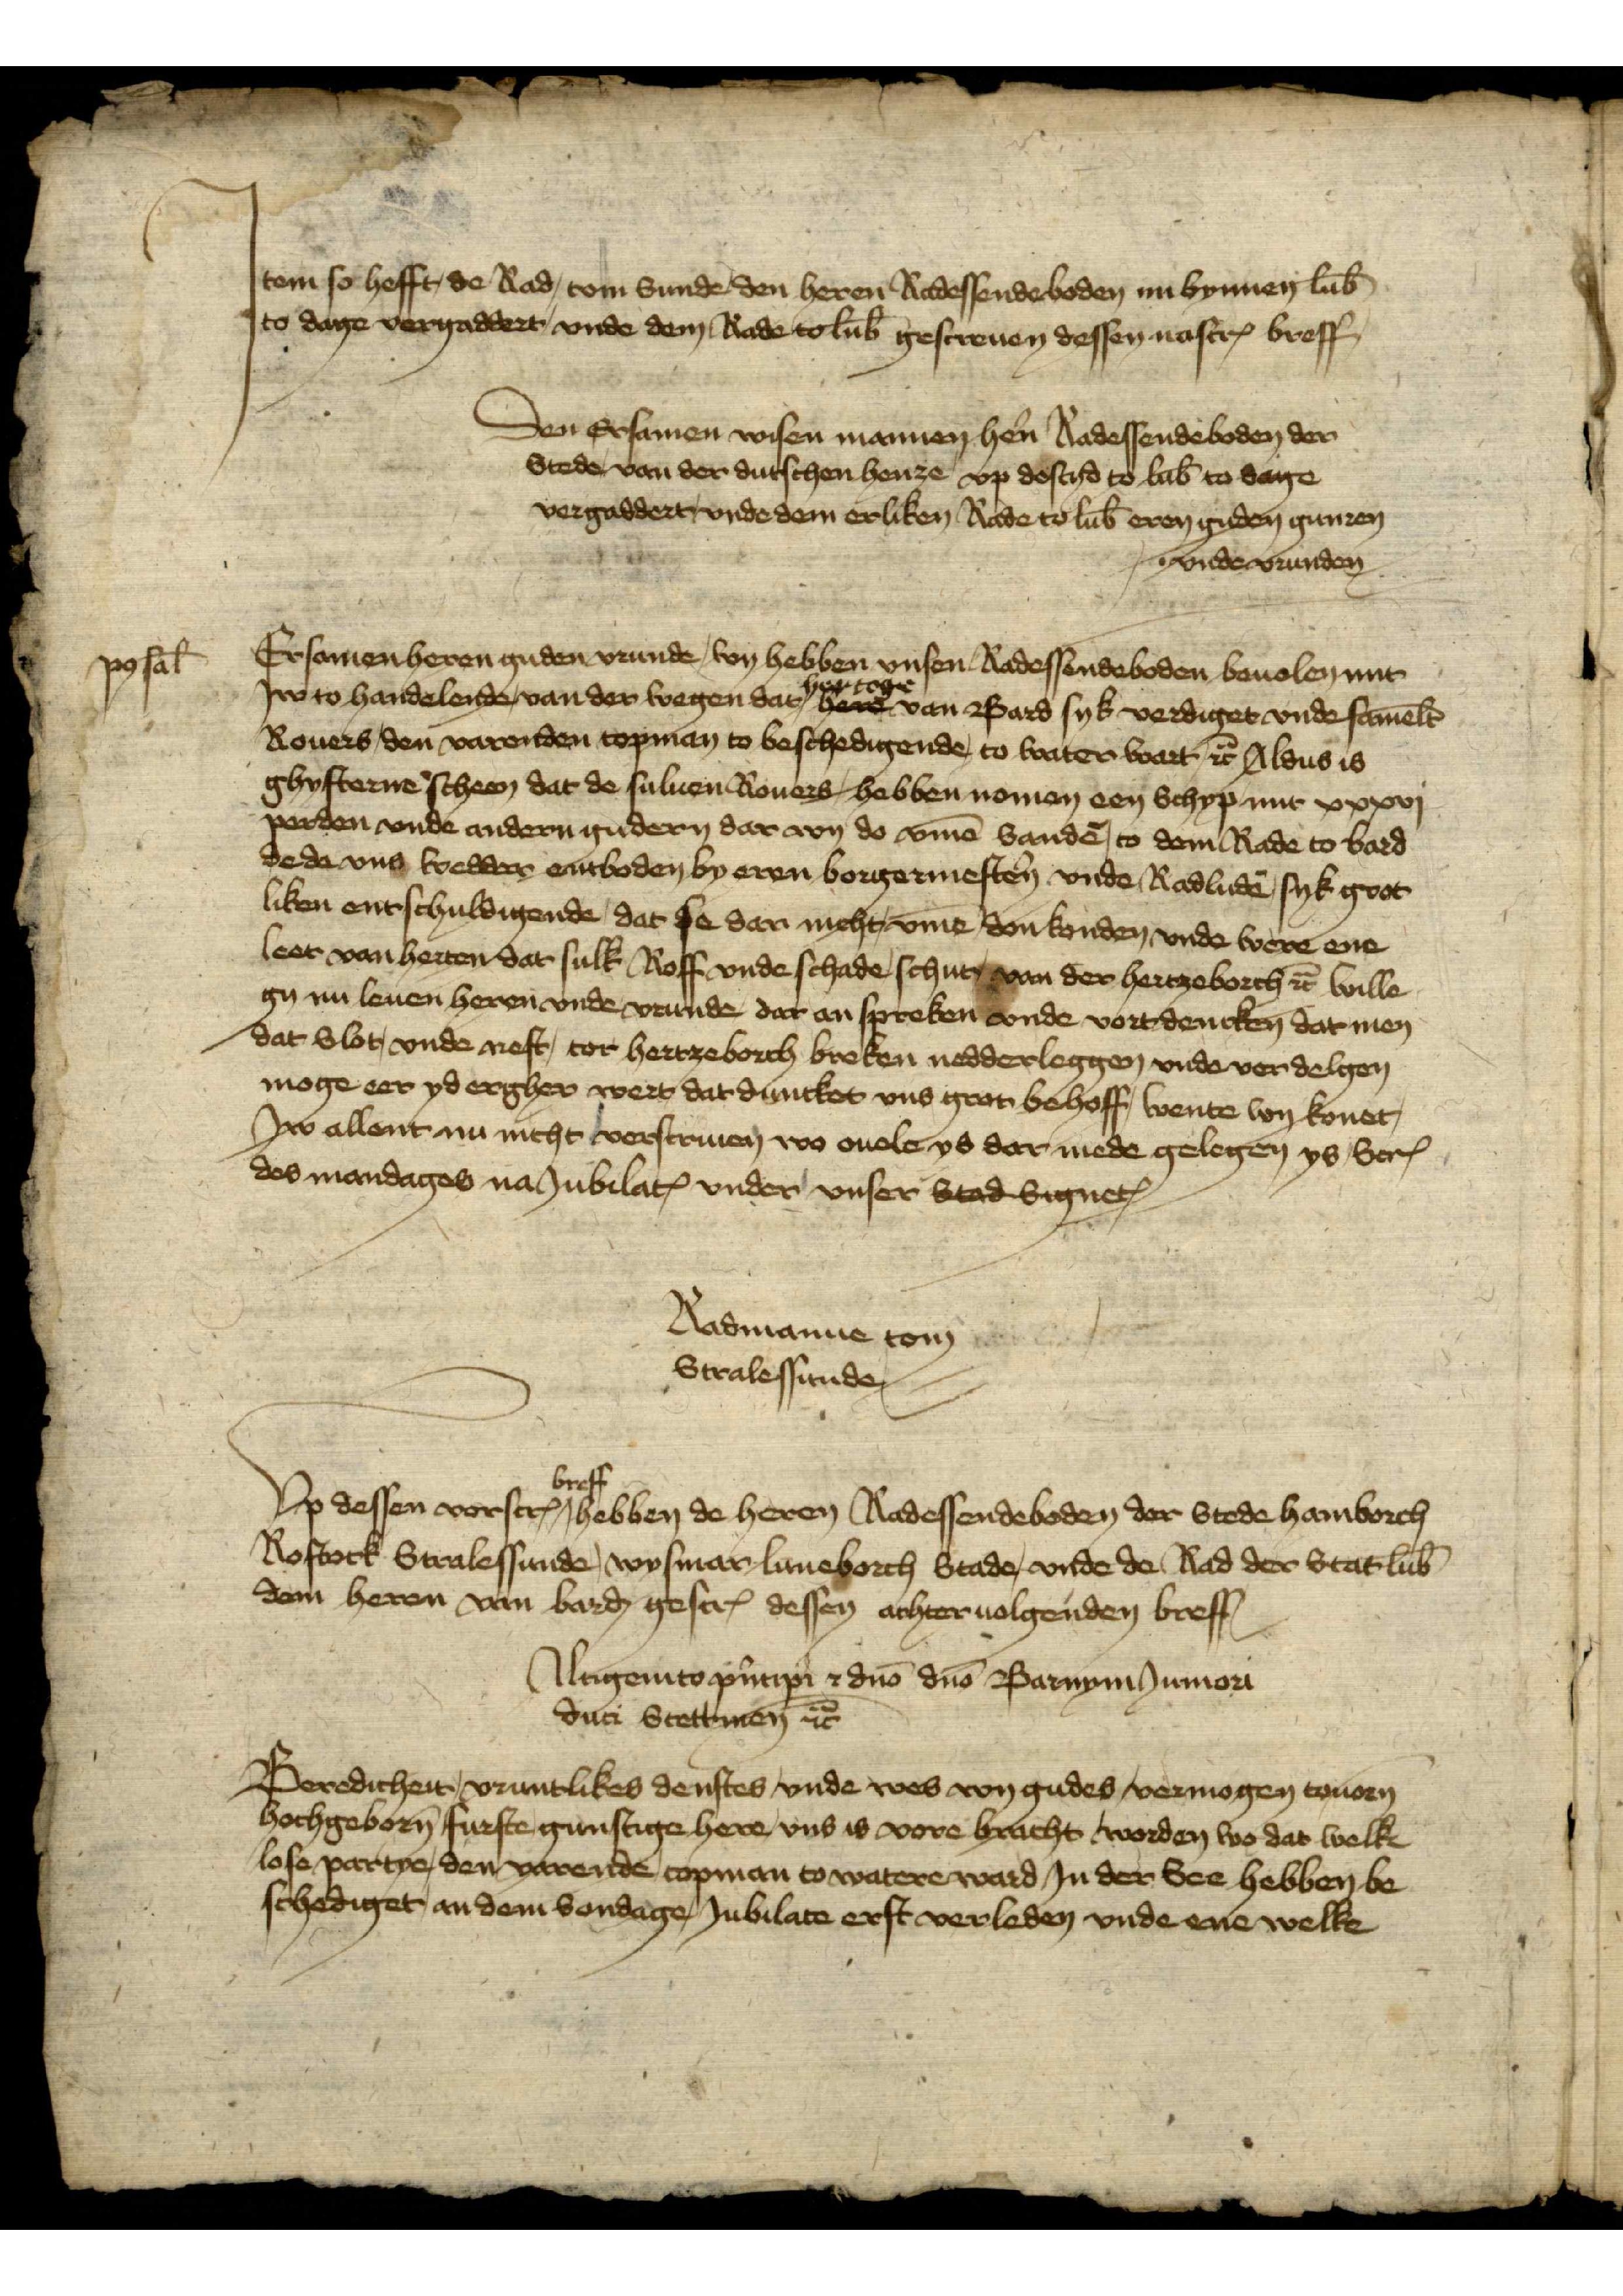
Jtem so hefft de Rad, tom Sunde den heren Radessendeboden nu bynnen Lub̄
to dage vergaddert vnde dem Rade to Lub̄ gescreven dessen nascrꝬ breff

Den ersamen wisen mannen hẻn Radessendeboden der 
Stede van der dutschen henze vp dostyd to Lub̄ to dage
vergaddert vnde dem erliken Rade to Lub̄ eren guden gunzen
vnde vrunden

Ersamen heren guden vrunde,bey hebben vnsen Radessendeboden beuolen mit  
Jre to handelende van der wegen dar hertoge van Bard syk verdiget vnde samelt̄
Rouers, den varenden copman to beschdigende, to water wart et̉ Aldus is
gebysterne scheen dat de suluen Rouers hebben nemen een Schyp mit xxxvj
perden vnde andern gudern dar von de v̄me bandē, to dem Rade to bard
Dede vns wedder entboden by eren borgermestẻn vnde Radludē syk goot¬ 
liken entschuldigende, dar se dan nicht, v̄me don konden vnde were ene
leer van herten dar sulk Roff vnde schade schut, van der Hertzeborch et̉ wille 
gy nu leuen heren vnde vrunde dar an spreken vnde vortdenken dat men
dar vlot, vnde nest, tor hertzeborch breken nedderleggen vnde verdelgen
moge eer yd ergher wert dat duntket vns grot behoff, wente wy konet,
Jw allent nu nicht verscriuen wo ouele ys dar mede gelegen ys SecꝬ 
des mandages na JubillatꝬ vnder vnser Stadbyn etꝬ

Radmanne tom 
Stralessunde

Vp dessen vorserꝬ breff hebben de heren Radessendeboden der Stede Hamborch
Rostock Stralessunde Wismar Luneborch Stade vnde de Rad der Stat Lub̄ 
dem heren van Barḑ gescrꝬ dessen achter uolgenden breff

Urigemto pủtipi r dnō dnō Barnym Jumezi  
duri Stettmen et̉

Beredicheit, vruntlikes denstes, vnde wes von gudes vermogen touern
hochgeborn furste gunstige here vns is vore bracht worden wo dat welke
elose partye, den varende vopman to watere ward Jn dr See hebben be¬
schediget an dem Sondage Jubilate erst verleden vnde ene welke